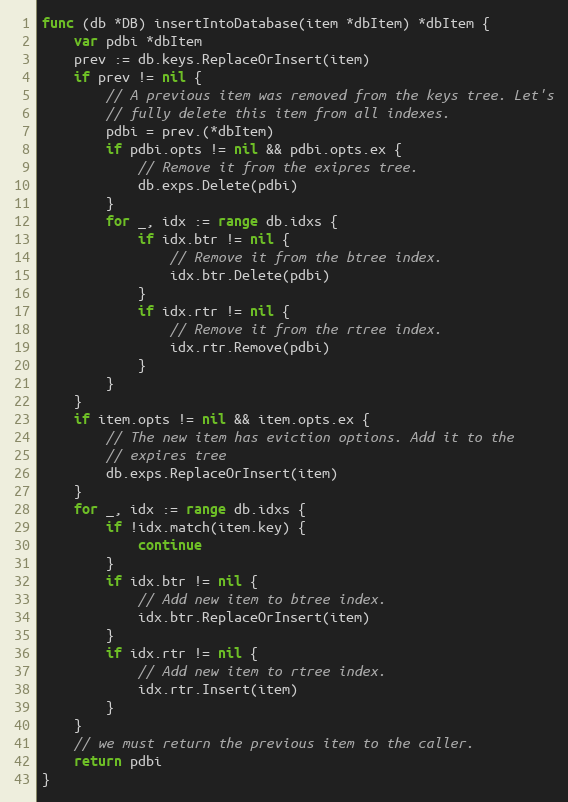
Language: Go
func (db *DB) insertIntoDatabase(item *dbItem) *dbItem {
	var pdbi *dbItem
	prev := db.keys.ReplaceOrInsert(item)
	if prev != nil {
		// A previous item was removed from the keys tree. Let's
		// fully delete this item from all indexes.
		pdbi = prev.(*dbItem)
		if pdbi.opts != nil && pdbi.opts.ex {
			// Remove it from the exipres tree.
			db.exps.Delete(pdbi)
		}
		for _, idx := range db.idxs {
			if idx.btr != nil {
				// Remove it from the btree index.
				idx.btr.Delete(pdbi)
			}
			if idx.rtr != nil {
				// Remove it from the rtree index.
				idx.rtr.Remove(pdbi)
			}
		}
	}
	if item.opts != nil && item.opts.ex {
		// The new item has eviction options. Add it to the
		// expires tree
		db.exps.ReplaceOrInsert(item)
	}
	for _, idx := range db.idxs {
		if !idx.match(item.key) {
			continue
		}
		if idx.btr != nil {
			// Add new item to btree index.
			idx.btr.ReplaceOrInsert(item)
		}
		if idx.rtr != nil {
			// Add new item to rtree index.
			idx.rtr.Insert(item)
		}
	}
	// we must return the previous item to the caller.
	return pdbi
}